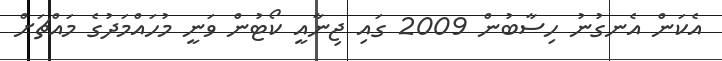
އެކަން އެނގުނު ހިސާބުން 2009 ގައި ޖިނާއީ ކޯޓުން ވަނީ މުހައްމަދުގެ މައްޗަށް